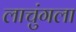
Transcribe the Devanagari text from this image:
लाचुंगला